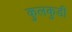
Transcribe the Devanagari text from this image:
कुलकुडी